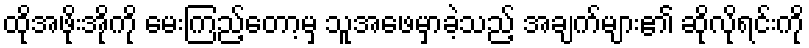
ထိုအဖိုးအိုကို မေးကြည့်တော့မှ သူအဖေမှာခဲ့သည့် အချက်များ၏ ဆိုလိုရင်းကို